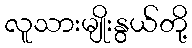
လူသားမျိုးနွယ်တို့